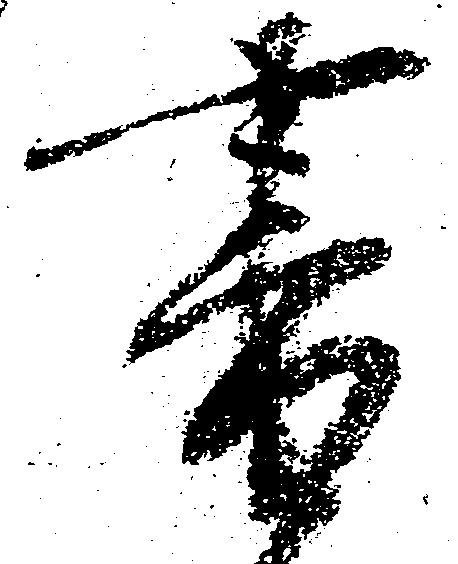
書